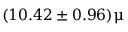
( 1 0 . 4 2 \pm 0 . 9 6 ) \upmu